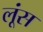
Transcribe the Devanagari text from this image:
लूंस